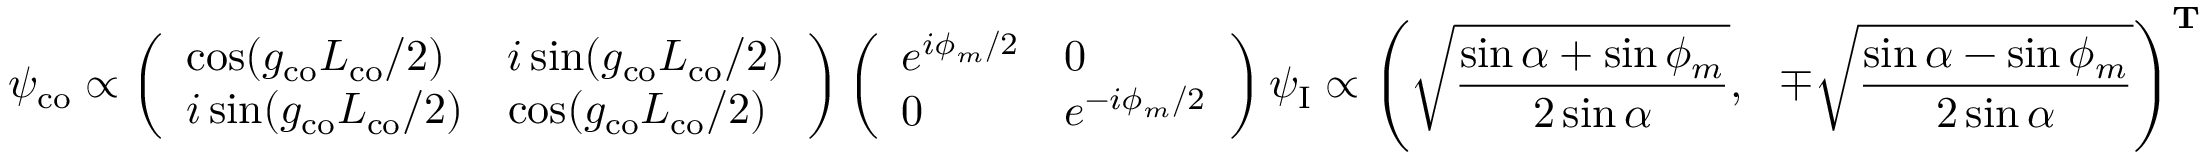
\psi _ { \mathrm { c o } } \propto \left( \begin{array} { l l } { \cos ( g _ { \mathrm { c o } } L _ { \mathrm { c o } } / 2 ) } & { i \sin ( g _ { \mathrm { c o } } L _ { \mathrm { c o } } / 2 ) } \\ { i \sin ( g _ { \mathrm { c o } } L _ { \mathrm { c o } } / 2 ) } & { \cos ( g _ { \mathrm { c o } } L _ { \mathrm { c o } } / 2 ) } \end{array} \right) \left( \begin{array} { l l } { e ^ { i \phi _ { m } / 2 } } & { 0 } \\ { 0 } & { e ^ { - i \phi _ { m } / 2 } } \end{array} \right) \psi _ { \mathrm { I } } \propto \left( \sqrt { \frac { \sin \alpha + \sin \phi _ { m } } { 2 \sin \alpha } } , \ \ \mp \sqrt { \frac { \sin \alpha - \sin \phi _ { m } } { 2 \sin \alpha } } \right) ^ { \mathbf { T } }